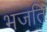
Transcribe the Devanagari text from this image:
भजति